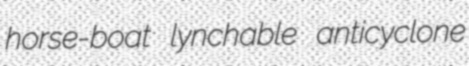
horse-boat lynchable anticyclone